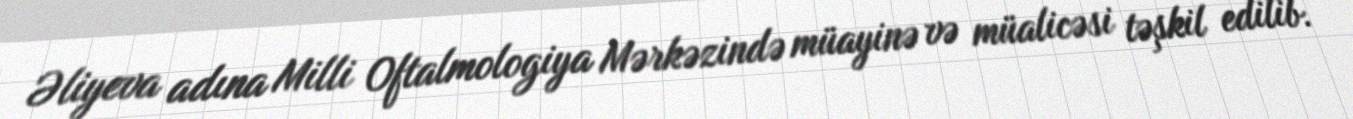
Əliyeva adına Milli Oftalmologiya Mərkəzində müayinə və müalicəsi təşkil edilib.